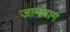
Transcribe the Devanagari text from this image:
जामबाग